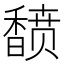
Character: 𬳟